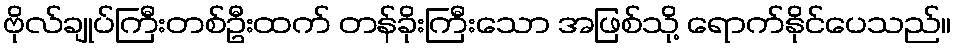
ဗိုလ်ချုပ်ကြီးတစ်ဦးထက် တန်ခိုးကြီးသော အဖြစ်သို့ ရောက်နိုင်ပေသည်။